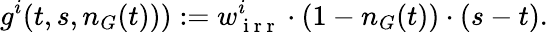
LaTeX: g^{i}(t,s,n_{G}(t))):=w_{\mathrm{~i~r~r~}}^{i}\cdot(1-n_{G}(t))\cdot(s-t).